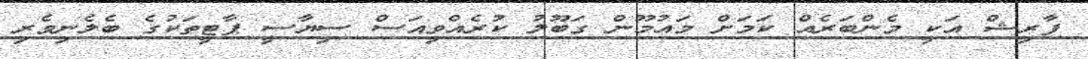
ފާރިޝް އަކީ މެންބަރެއް ކަމަށް މައުމޫން ގަބޫލު ކުރެއްވިއަސް ސިޔާސީ ޕާޓީތަކުގެ ބެލެނިވެރި